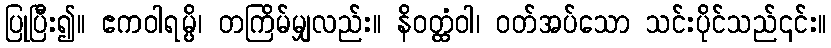
ပြုပြီး၍။ ဧကဝါရမ္ပိ၊ တကြိမ်မျှလည်း။ နိဝတ္ထံဝါ၊ ဝတ်အပ်သော သင်းပိုင်သည်၎င်း။